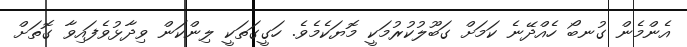
އެންމެން ގުނބޯ ހެއްދޭނެ ކަމަށް ގަބޫލުކުރުމަކީ މޮޔަކެމެވެ. ހަގީގަތަކީ ލިންކަން ވިދާޅުވެފައިވާ ގޮތަށް